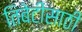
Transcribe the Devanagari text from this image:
तिबेटीसाठी